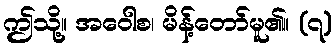
ဤသို့။ အဝေါစ၊ မိန့်တော်မူ၏။ (၇)